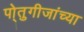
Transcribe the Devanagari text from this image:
पो्तुगीजांच्या